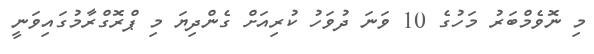
މި ނޮވެމްބަރު މަހުގެ 10 ވަނަ ދުވަހު ކުރިއަށް ގެންދިޔަ މި ޕްރޮގްރާމުގައިވަނީ